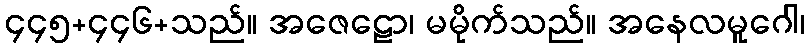
၄၄၅+၄၄၆+သည်။ အဇေဠော၊ မမိုက်သည်။ အနေလမူဂေါ၊